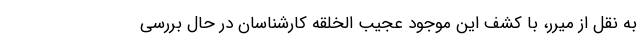
به نقل از میرر، با کشف این موجود عجیب الخلقه کارشناسان در حال بررسی